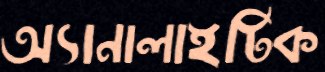
অ্যানালাইটিক